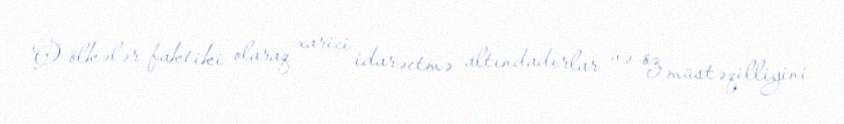
O ölkələr faktiki olaraq xarici idarəetmə altındadırlar və öz müstəqilliyini